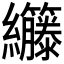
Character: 𫄘